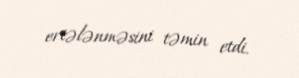
ertələnməsini təmin etdi.